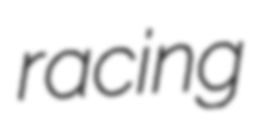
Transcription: racing